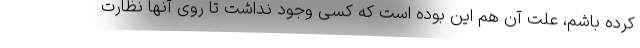
کرده باشم، علت آن هم این بوده است که کسی وجود نداشت تا روی آنها نظارت